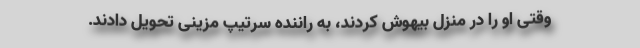
وقتی او را در منزل بیهوش کردند، به راننده‌ سرتیپ مزینی تحویل دادند.